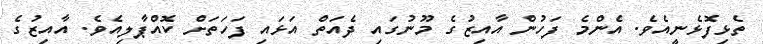
ތެޅިފޮޅެނީއެވެ. އެންމެ ފަހުން އާއިޒުގެ މޫނުގައި ދެއަތް އަޅައި ފަހަތަށް ކޮއްޕާލިއެވެ. އާއިޒުގެ